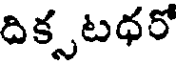
దిక్సటధరో